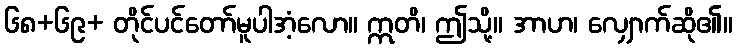
၆၈+၆၉+ တိုင်ပင်တော်မူပါအံ့လော။ ဣတိ၊ ဤသို့။ အာဟ၊ လျှောက်ဆို၏။